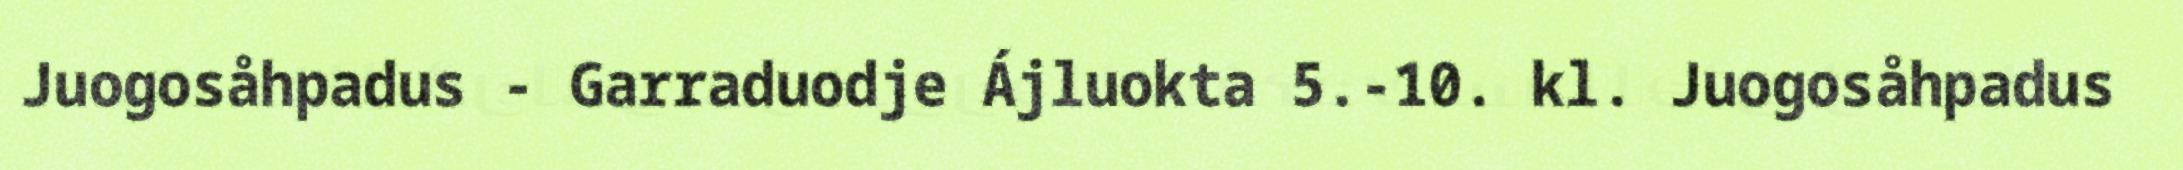
Juogosåhpadus - Garraduodje Ájluokta 5.-10. kl. Juogosåhpadus